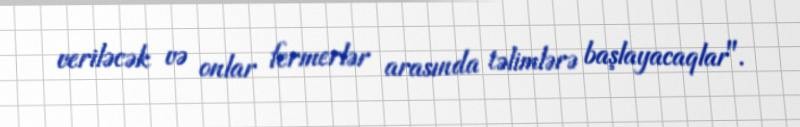
veriləcək və onlar fermerlər arasında təlimlərə başlayacaqlar".